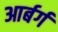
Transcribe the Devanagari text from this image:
आर्बर्ग